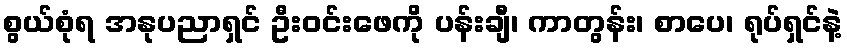
စွယ်စုံရ အနုပညာရှင် ဦးဝင်းဖေကို ပန်းချီ၊ ကာတွန်း၊ စာပေ၊ ရုပ်ရှင်နဲ့